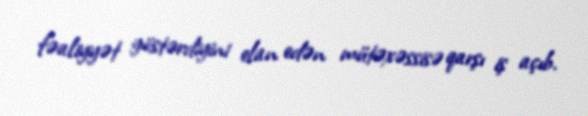
fəaliyyət göstərdiyini elan edən mütəxəssisə qarşı iş açıb.